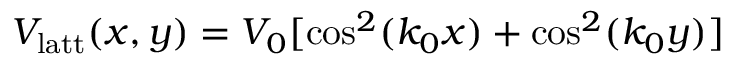
V _ { \mathrm { { l a t t } } } ( x , y ) = V _ { 0 } [ \cos ^ { 2 } ( k _ { 0 } x ) + \cos ^ { 2 } ( k _ { 0 } y ) ]